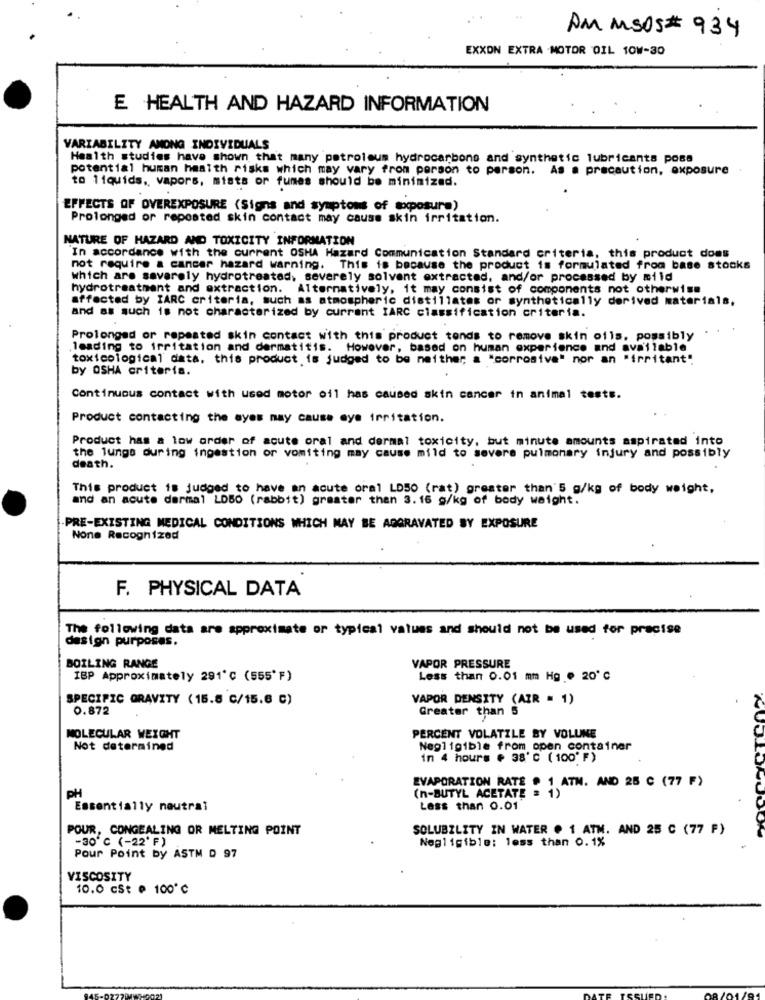
AM MSOS # 934
EXXON EXTRA MOTOR OIL 10W-30
E HEALTH AND HAZARD INFORMATION
VARIABILITY AMONG INDIVIDUALS
Health studies have shown that many petroleum hydrocarbons and synthetic lubricants poss
potential human health risks which may vary from person to person. As a precaution, exposure
to liquids. vapors, mists or fumes should be minimizad.
EFFECTS OF OVEREXPOSURE (Signs and symptoms of exposure)
Prolonged or reposted skin contact may cause skin irritation.
NATURE OF HAZARD AND TOXICITY INFORMATION
In accordance with the current OSHA Hazard Communication Standard criteria, this product does
not require a cancer hazard warning. This is because the product is formulated from base stocks
which are severely hydrotreated, severely solvent extracted, and/or processed by mild
hydrotreatment and extraction. Alternatively, it may consist of components not otherwise
affected by IARC criteria, such as atmospheric_distillates or synthetically derived materials,
and as such is not characterized by current IARC classification criteria.
Prolonged or repeated skin contact with this product tends to remove skin oils, possibly
leading to irritation and dermatitis. However, based on human experience and available
toxicological data. this product is judged to be neither; a "corrosive" nor an "irritant"
by OSHA criteria.
Continuous contact with used motor oil has caused skin cancer in animal tests.
Product contacting the ayes may cause eye irritation.
Product has a low order of acute oral and dermal toxicity, but minute amounts aspirated into
the lungs during ingestion or vomiting may cause mild to severe pulmonary injury and possibly
death.
This product is judged to have an acute oral LD50 (rat) greater than 5 g/kg of body weight,
and an acute dermal LDBO (rabbit) greater than 3.16 g/kg of body weight.
PRE-EXISTING MEDICAL CONDITIONS WHICH MAY BE AGGRAVATED BY EXPOSURE
None Recognized
F. PHYSICAL DATA
The following data are approximate or typical values and should not be used for precise
design purposes.
BOILING RANGE
VAPOR PRESSURE
IBP Approximately 291℃ (555'F)
Less than 0.01 mm Hg @ 20 ℃
SPECIFIC GRAVITY (15.8 C/15.6 C)
VAPOR DENSITY (AIR = 1)
0.872
Greater than 5
MOLECULAR WEIGHT
PERCENT VOLATILE BY VOLUNE
Not determined
Negligible from open container
In 4 hours + 38'℃ ( 100' F)
PH
EVAPORATION RATE # 1 ATN. AND 25 C (77 F)
(n-BUTYL ACETATE #1
Essentially neutral
Less than 0.01
POUR, CONGEALING OR MELTING POINT
SOLUBILITY IN WATER @ 1 ATM. AND 25 C (77 F)
-30 ℃ (-22' F)
Negligible: less than 0.1%
Pour Point by ASTM D 97
VISCOSITY
10.0 cst @ 100℃